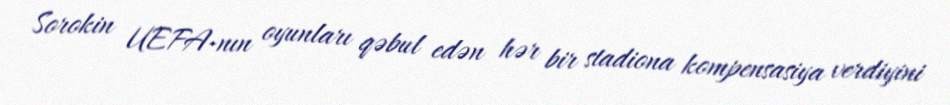
Sorokin UEFA-nın oyunları qəbul edən hər bir stadiona kompensasiya verdiyini